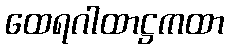
ထေရဂါထာဋ္ဌကထာ